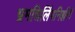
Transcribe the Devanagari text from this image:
भ्रमन्निलिंपनिर्झरी